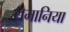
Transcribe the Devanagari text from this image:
रौमानिया